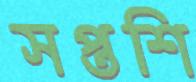
সপ্তশি